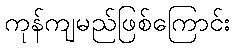
ကုန်ကျမည်ဖြစ်ကြောင်း